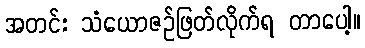
အတင်း သံယောဇဉ်ဖြတ်လိုက်ရ တာပေါ့။